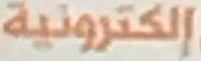
إلكترونية